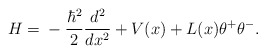
\begin{align*}H={}-\frac{\hbar^2}{2}\frac{d^2}{dx^2} +V(x)+L(x)\theta^+\theta^-.\end{align*}